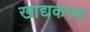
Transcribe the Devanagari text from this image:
खाद्यकरण